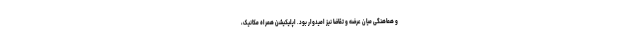
و هماهنگی میان عرضه و تقاضا نیز امیدوار بود. اپلیکیشن همراه مکانیک،